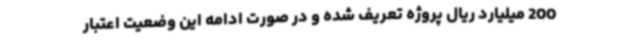
200 میلیارد ریال پروژه تعریف شده و در صورت ادامه این وضعیت اعتبار